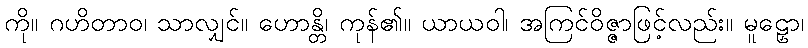
ကို။ ဂဟိတာဝ၊ သာလျှင်။ ဟောန္တိ၊ ကုန်၏။ ယာယဝါ၊ အကြင်ဝိဇ္ဇာဖြင့်လည်း။ မူဠှော၊